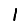
Digit: 1